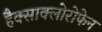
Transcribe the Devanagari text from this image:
हैक्साक्लोरोफेन